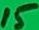
Text: 15